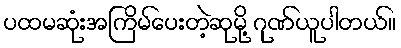
ပထမဆုံးအကြိမ်ပေးတဲ့ဆုမို့ ဂုဏ်ယူပါတယ်။